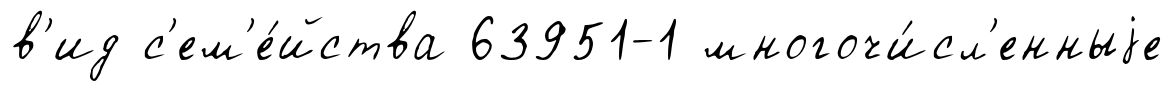
в'ид с'ем'е́йства 63951-1 многочи́сл'енныjе